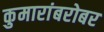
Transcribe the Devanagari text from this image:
कुमारांबरोबर